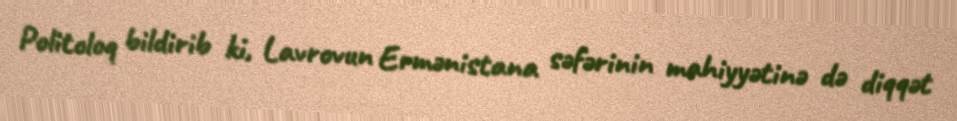
Politoloq bildirib ki, Lavrovun Ermənistana səfərinin mahiyyətinə də diqqət